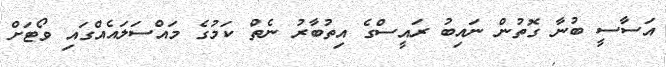
އަސާސީ ބުނާ ގޮތުން ނައިބު ރައީސްގެ އިތުބާރު ނެތް ކަމުގެ މައްސަލައެއްގައި ވޯޓަށް